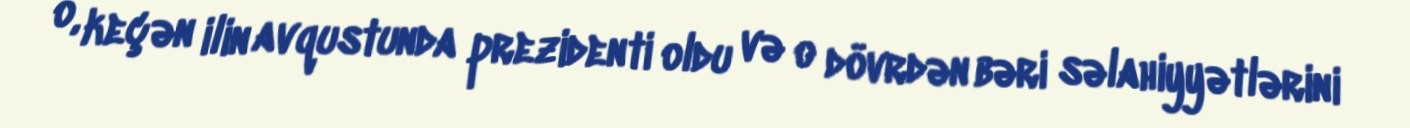
o, keçən ilin avqustunda prezidenti oldu və o dövrdən bəri səlahiyyətlərini